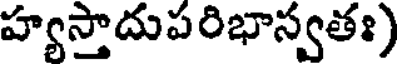
హ్యస్తాదుపరిభాస్వతః)